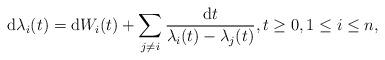
LaTeX: \begin{align*}\mathrm{d}\lambda_{i}(t)=\mathrm{d}W_{i}(t)+\sum_{j\neq i}\frac{\mathrm{d}t}{\lambda_{i}(t)-\lambda_{j}(t)},t\geq0,1\leq i\leq n,\end{align*}